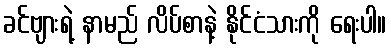
ခင်ဗျားရဲ့ နာမည် လိပ်စာနဲ့ နိုင်ငံသားကို ရေးပါ။